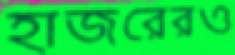
হাজরেরও